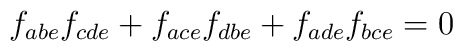
f_{abe}f_{cde}+f_{ace}f_{dbe}+f_{ade}f_{bce}=0